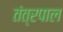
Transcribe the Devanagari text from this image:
तंत्रपाल